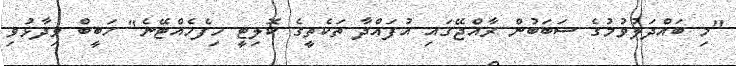
"މި ބައްދަލުވުމުގެ ސަބަބުން ރާއްޖޭގައި އުފައްދާ ތަކެތީގެ ކޮލިޓީ ހިފެހެއްޓޭނެ" ހަބީބް ވިދާޅުވި